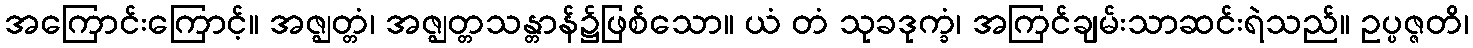
အကြောင်းကြောင့်။ အဇ္ဈတ္တံ၊ အဇ္ဈတ္တသန္တာန်၌ဖြစ်သော။ ယံ တံ သုခဒုက္ခံ၊ အကြင်ချမ်းသာဆင်းရဲသည်။ ဥပ္ပဇ္ဇတိ၊